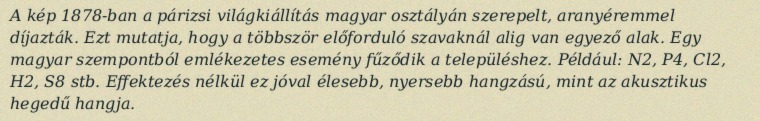
A kép 1878-ban a párizsi világkiállítás magyar osztályán szerepelt, aranyéremmel díjazták. Ezt mutatja, hogy a többször előforduló szavaknál alig van egyező alak. Egy magyar szempontból emlékezetes esemény fűződik a településhez. Például: N2, P4, Cl2, H2, S8 stb. Effektezés nélkül ez jóval élesebb, nyersebb hangzású, mint az akusztikus hegedű hangja.